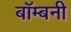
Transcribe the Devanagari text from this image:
बॉम्बनी